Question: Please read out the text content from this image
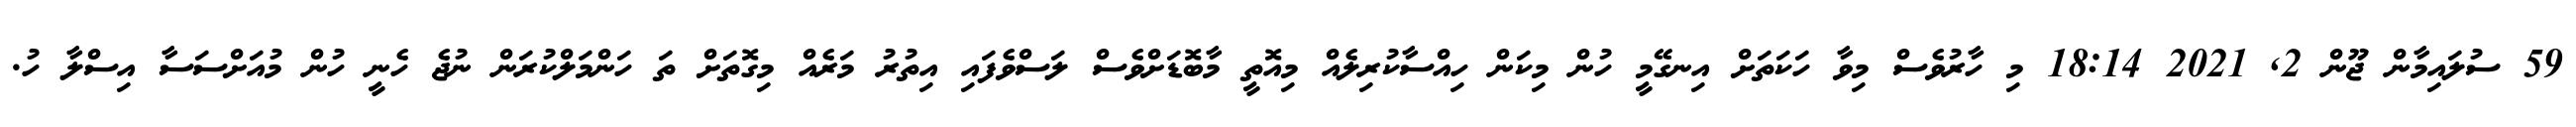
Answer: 59 ސުލައިމާން ޖޫން 2, 2021 18:14 މި ހާރުވެސް މިވާ ހަކަތަށް އިނގޭމީ ހުން މިކަން ހިއްސާކުރިލެއް މިއޮތީ މާބޮޑަށްވެސް ލަސްވެފައި އިތުރު މަރެއް މިގޮތަށް ތަ ހަންމަލްކުރަން ނުޖެ ހެނީ ހުން މުއަށްސަސާ އިސްލާ ހު.